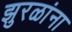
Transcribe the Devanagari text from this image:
झुरळांना